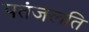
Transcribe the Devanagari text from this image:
पतंजलति